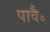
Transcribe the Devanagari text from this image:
पावै॰